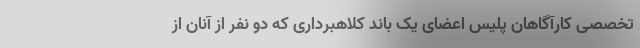
تخصصی کارآگاهان پلیس اعضای یک باند کلاهبرداری که دو نفر از آنان از